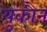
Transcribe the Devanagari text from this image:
युकौन